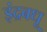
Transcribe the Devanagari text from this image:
इंद्रबधू